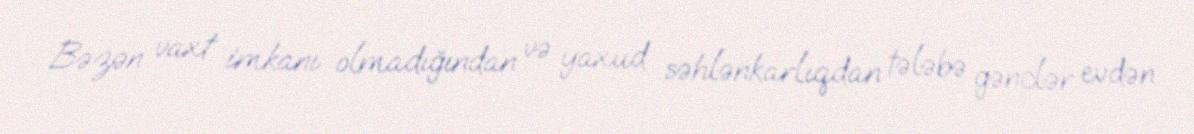
Bəzən vaxt imkanı olmadığından və yaxud səhlənkarlıqdan tələbə gənclər evdən